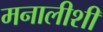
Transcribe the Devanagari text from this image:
मनालीशी